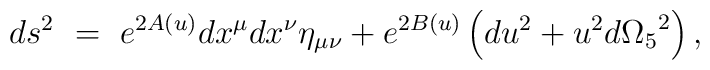
ds^2~=~ e^{2A(u)}dx^{\mu}dx^{\nu}\eta_{\mu\nu} + e^{2B(u)}\left( du^2 +u^2d{\Omega_5}^2 \right),